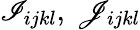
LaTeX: \mathscr{I}_{ijkl},~\mathscr{J}_{ijkl}